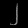
Digit: ၂